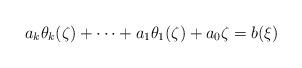
LaTeX: \begin{align*}a_k\theta_k(\zeta)+\cdots+a_1\theta_1(\zeta)+a_0 \zeta=b(\xi) \end{align*}